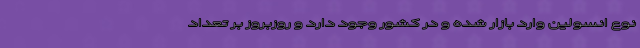
نوع انسولین وارد بازار شده و در کشور وجود دارد و روزبروز بر تعداد